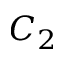
C _ { 2 }